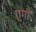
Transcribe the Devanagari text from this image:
एगो